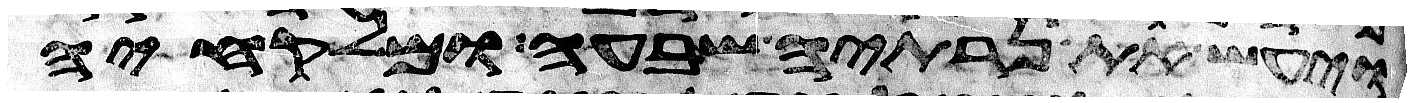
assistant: ויעש את נרתיה שבעה ומלקחיה